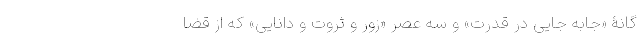
گانۀ «جابه جایی در قدرت» و سه عصر «زور و ثروت و دانایی» که از قضا